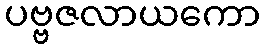
ပဗ္ဗဇလာယကော